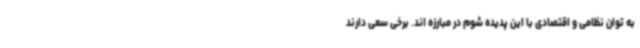
به توان نظامی و اقتصادی با این پدیده شوم در مبارزه اند. برخی سعی دارند